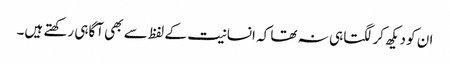
ان کو دیکھ کر لگتا ہی نہ تھا کہ انسانیت کے لفظ سے بھی آگاہی رکھتے ہیں۔